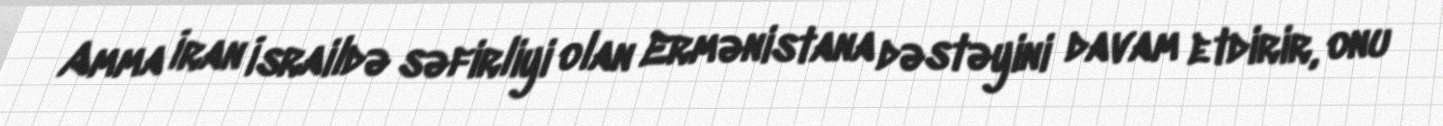
Amma İran İsraildə səfirliyi olan Ermənistana dəstəyini davam etdirir, onu